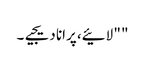
" " لائیے، پرانا دیجیے۔